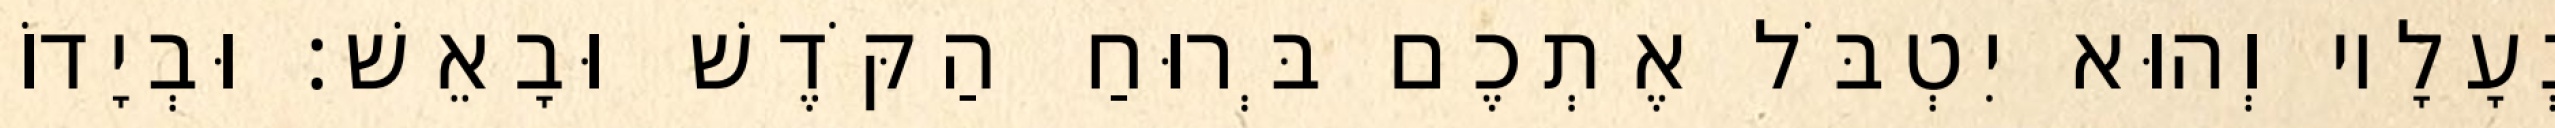
נְעָלָיו וְהוּא יִטְבֹּל אֶתְכֶם בְּרוּחַ הַקֹּדֶשׁ וּבָאֵשׁ׃ וּבְיָדוֹ